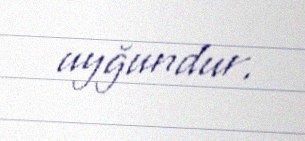
uyğundur.